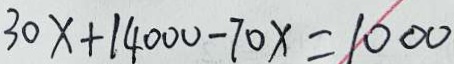
3 0 x + 1 4 0 0 0 - 7 0 x = 1 0 0 0